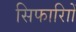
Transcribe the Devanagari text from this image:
सिफारिाों